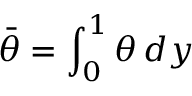
\bar { \theta } = \int _ { 0 } ^ { 1 } \theta \, d y